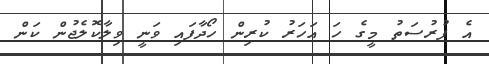
އެ ފުރުސަތު މީގެ ހަ އަހަރު ކުރިން ހޯދާފައި ވަނީ ވިލާކޮލެޖުން ކަން